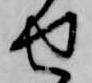
せ